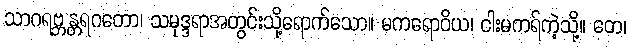
သာဂရဗ္ဘန္တရဂတော၊ သမုဒ္ဒရာအတွင်းသို့ရောက်သော။ မကရောဝိယ၊ ငါးမကရ်ကဲ့သို့။ တေ၊